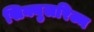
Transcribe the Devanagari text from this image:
सिक्युलरिज्म